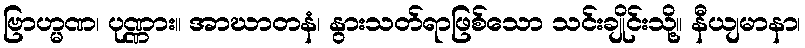
ဗြာဟ္မဏ၊ ပုဏ္ဏား။ အာဃာတနံ၊ နွားသတ်ရာဖြစ်သော သင်းချိုင်းသို့။ နီယျမာနာ၊